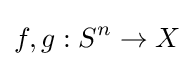
f,g:S^{n}\to X